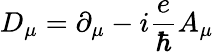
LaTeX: D_{\mu}=\partial_{\mu}-i{\frac{e}{\hbar}}A_{\mu}